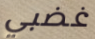
غضبي